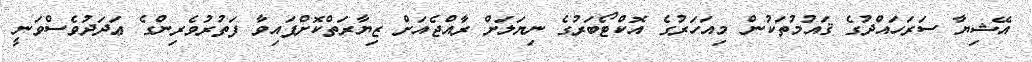
އޭޝިޔާ ސަރަހައްދުގެ ޤައުމުތަކުން މިއަހަރުގެ އޮކްޓޯބަރުގެ ނިޔަލަށް ރާއްޖެއަށް ޒިޔާރަތްކޮށްފައިވާ ފަތުރުވެރިންގެ ޢަދަދުވެސްވަނީ